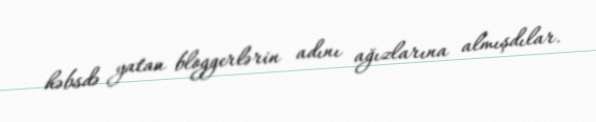
həbsdə yatan bloggerlərin adını ağızlarına almışdılar.